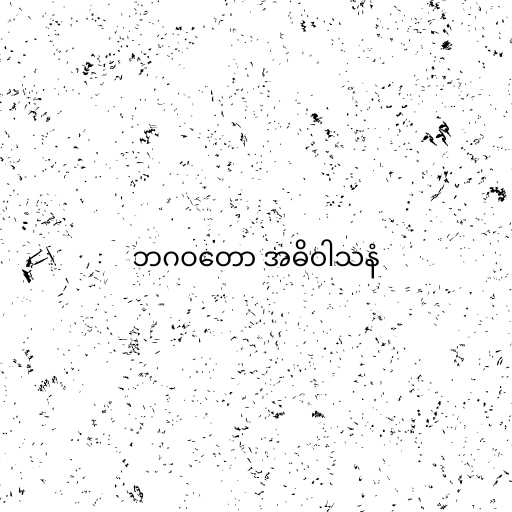
ဘဂဝတော အဓိဝါသနံ